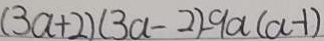
( 3 a + 2 ) ( 3 a - 2 ) - 9 a ( a - 1 )